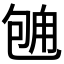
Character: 𱐻